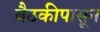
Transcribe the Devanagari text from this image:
बैठकीपासून